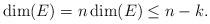
LaTeX: \begin{align*} \dim(E)=n \dim(E)\leq n-k. \end{align*}